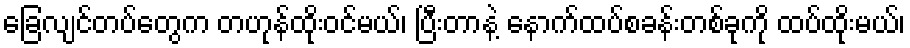
ခြေလျင်တပ်တွေက တဟုန်ထိုးဝင်မယ်၊ ပြီးတာနဲ့ နောက်ထပ်စခန်းတစ်ခုကို ထပ်ထိုးမယ်၊